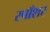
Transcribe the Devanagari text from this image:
स्पाँशर